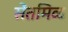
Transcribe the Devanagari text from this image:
सेंतमिळ